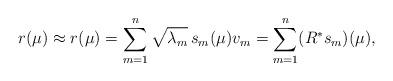
LaTeX: \begin{align*} r(\mu) \approx r_{}(\mu) = \sum_{m=1}^n \sqrt{\lambda_m} \, s_m(\mu) v_m = \sum_{m=1}^n (R^* s_m)(\mu),\end{align*}